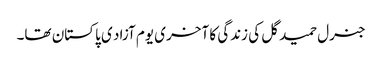
جنرل حمید گل کی زندگی کا آخری یوم آزاد ی پاکستان تھا۔